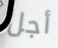
أجل